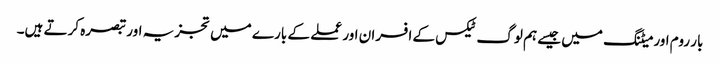
بار روم اور میٹنگ میں جیسے ہم لوگ ٹیکس کے افسران اور عملے کے بارے میں تجزیہ اور تبصرہ کرتے ہیں۔